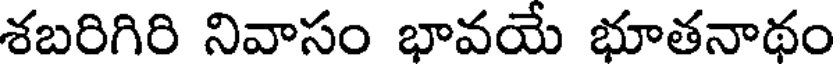
శబరిగిరి నివాసం భావయే భూతనాథం